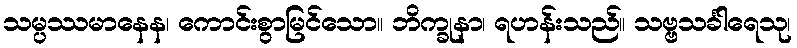
သမ္ပဿမာနေန၊ ကောင်းစွာမြင်သော။ ဘိက္ခုနာ၊ ရဟန်းသည်။ သဗ္ဗသင်္ခါရေသု၊